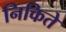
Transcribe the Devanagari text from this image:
निकिते